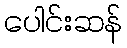
ပေါင်းဆန်